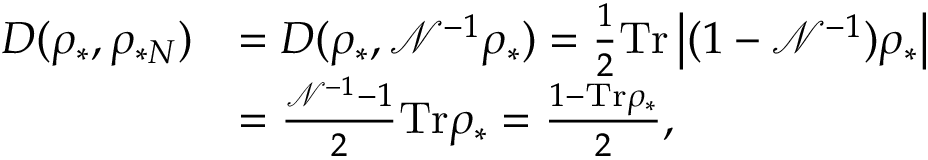
\begin{array} { r l } { D ( \rho _ { \ast } , \rho _ { \ast N } ) } & { = D ( \rho _ { \ast } , \mathcal { N } ^ { - 1 } \rho _ { \ast } ) = \frac { 1 } { 2 } \mathrm { T r } \left\vert ( 1 - \mathcal { N } ^ { - 1 } ) \rho _ { \ast } \right\vert } \\ & { = \frac { \mathcal { N } ^ { - 1 } - 1 } { 2 } \mathrm { T r } \rho _ { \ast } = \frac { 1 - \mathrm { T r } \rho _ { \ast } } { 2 } , } \end{array}